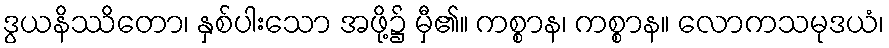
ဒွယနိဿိတော၊ နှစ်ပါးသော အဖို့၌ မှီ၏။ ကစ္စာန၊ ကစ္စာန။ လောကသမုဒယံ၊